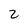
Character: 2